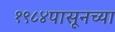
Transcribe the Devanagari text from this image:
१९८४पासूनच्या